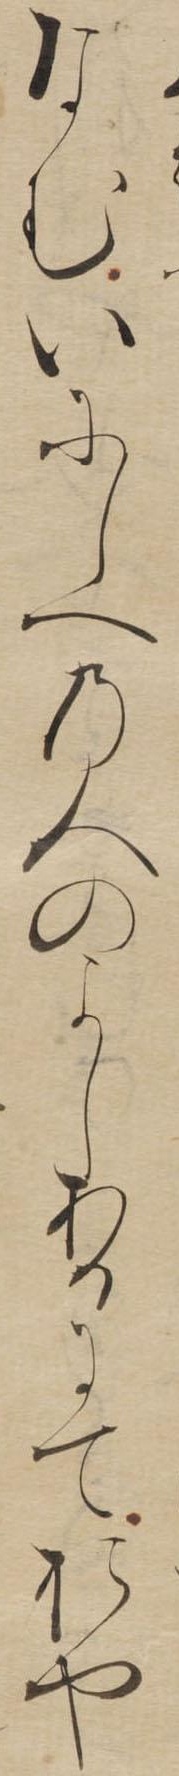
なむいにしへの人のよしあるにておや